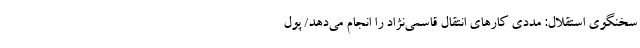
سخنگوی استقلال: مددی کارهای انتقال قاسمی‌نژاد را انجام می‌دهد/ پول